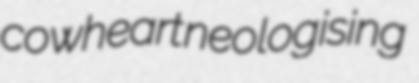
cowheart neologising